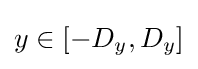
y\in [-D_{y},D_{y}]